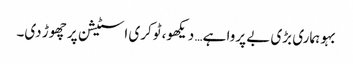
بہو ہماری بڑی بے پروا ہے… دیکھو، ٹوکری اسٹیشن پر چھوڑ دی۔